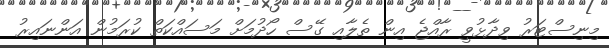
މިނިސްޓަރު ވިދާޅުވީ ރާއްޖެ އިން ތެލާއި ގޭސް ހޯދުމަށް މަސައްކަތް ކުރަމުން އަންނައިރު